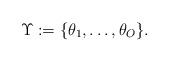
LaTeX: \begin{align*}\Upsilon:=\{\theta_1,\ldots,\theta_O\}.\end{align*}